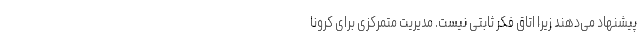
پیشنهاد می‌دهند زیرا اتاق فکر ثابتی نیست. مدیریت متمرکزی برای کرونا